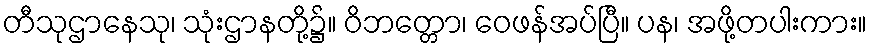
တီသုဌာနေသု၊ သုံးဌာနတို့၌။ ဝိဘတ္တော၊ ဝေဖန်အပ်ပြီ။ ပန၊ အဖို့တပါးကား။